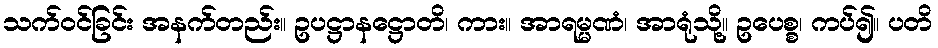
သက်ဝင်ခြင်း အနက်တည်း။ ဥပဋ္ဌာနဋ္ဌောတိ၊ ကား။ အာရမ္မဏံ၊ အာရုံသို့။ ဥပေစ္စ၊ ကပ်၍။ ပတိ